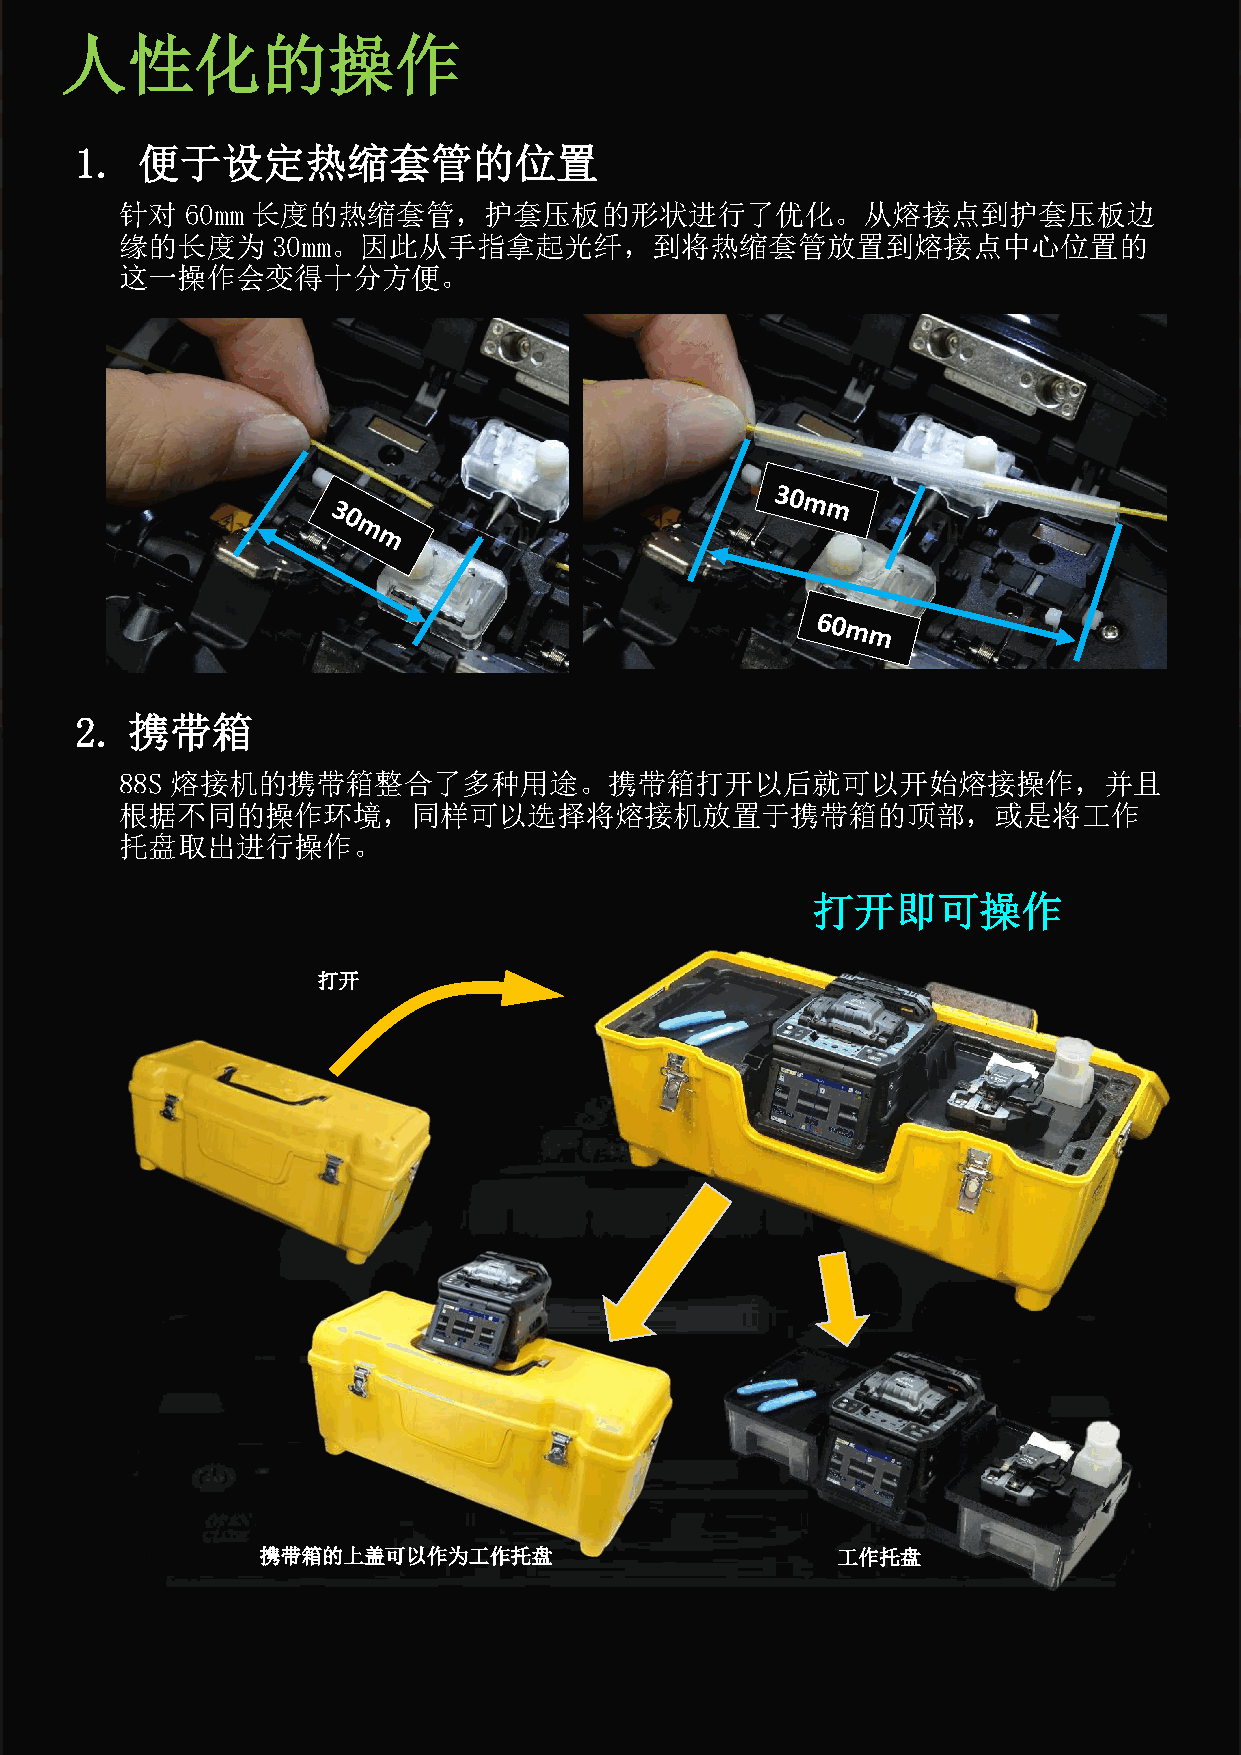
人性化的操作
 1.  便于设定热缩套管的位置
 针对  60mm 长度的热缩套管，护套压板的形状进行了优化。从熔接点到护套压板边
 缘的长度为     30mm。因此从手指拿起光纤，到将热缩套管放置到熔接点中心位置的
 这一操作会变得十分方便。
 2. 携带箱
 88S 熔接机的携带箱整合了多种用途。携带箱打开以后就可以开始熔接操作，并且
 根据不同的操作环境，同样可以选择将熔接机放置于携带箱的顶部，或是将工作
 托盘取出进行操作。
 打开即可操作
 打开
 携带箱的上盖可以作为工作托盘                        工作托盘